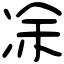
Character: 凃